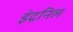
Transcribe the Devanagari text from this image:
इंद्रनिल